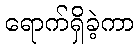
ရောက်ရှိခဲ့ကာ